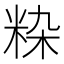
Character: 𬖚